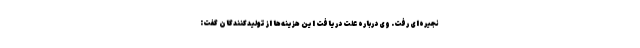
نجیره‌ای رفت. وی درباره علت دریافت این هزینه‌ها از تولیدکنندگان گفت: